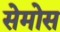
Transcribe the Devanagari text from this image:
सेमोस